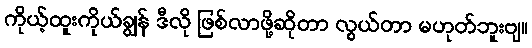
ကိုယ့်ထူးကိုယ်ချွန် ဒီလို ဖြစ်လာဖို့ဆိုတာ လွယ်တာ မဟုတ်ဘူးဗျ။